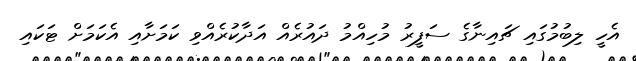
އެހީ ލިބުމުގައި ޗައިނާގެ ސަފީރު މުހިއްމު ދައުރެއް އަދާކުރެއްވި ކަމަށާއި އެކަމަށް ޓަކައި